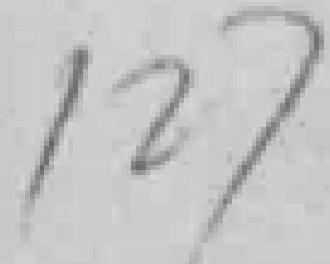
127